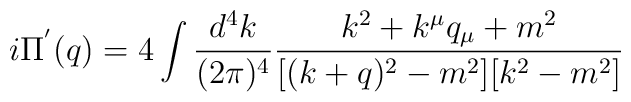
i \Pi^{'}(q)=  4 \int \frac{d^4k}{ (2 \pi)^4 } \frac{k^2 + k^{\mu}q_{\mu} + m^2}{[(k+q)^2 - m^2][ k^2 - m^2]}